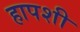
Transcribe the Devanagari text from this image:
हापशी